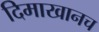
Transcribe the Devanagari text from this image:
दिमाखानच